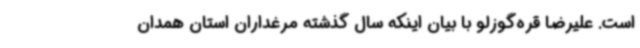
است. علیرضا قره‌گوزلو با بیان اینکه سال گذشته مرغداران استان همدان